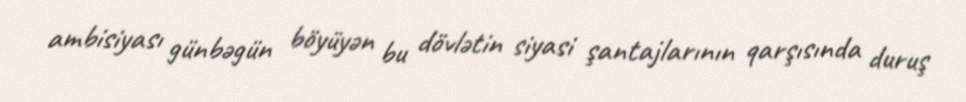
ambisiyası günbəgün böyüyən bu dövlətin siyasi şantajlarının qarşısında duruş